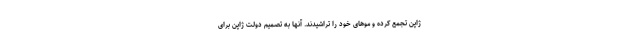
ژاپن تجمع کرده و موهای خود را تراشیدند. آنها به تصمیم دولت ژاپن برای